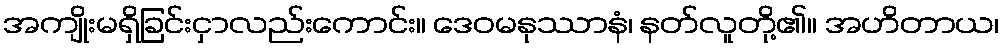
အကျိုးမရှိခြင်းငှာလည်းကောင်း။ ဒေဝမနုဿာနံ၊ နတ်လူတို့၏။ အဟိတာယ၊